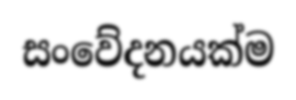
සංවේදනයක්ම